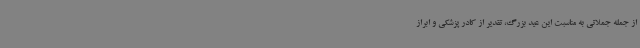
از جمله جملاتی به مناسبت این عید بزرگ، تقدیر از کادر پزشکی و ابراز